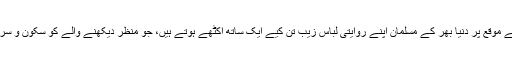
چناچہ، عید کے موقع پر دنیا بھر کے مسلمان اپنے روایتی لباس زیب تن کیے ایک ساتھ اکٹھے ہوتے ہیں، جو منظر دیکھنے والے کو سکون و سرور بخشتا ہے۔